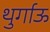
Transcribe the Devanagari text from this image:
थुर्गाऊ